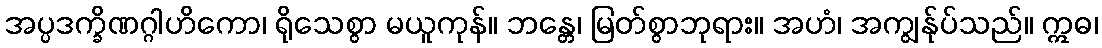
အပ္ပဒက္ခိဏဂ္ဂါဟိကော၊ ရိုသေစွာ မယူကုန်။ ဘန္တေ၊ မြတ်စွာဘုရား။ အဟံ၊ အကျွန်ုပ်သည်။ ဣဓ၊